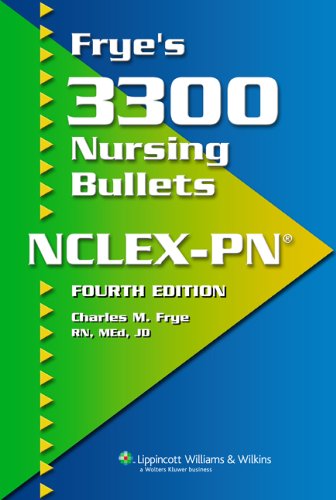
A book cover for Frye's 3300 Nursing Bullets for NCLEX-PNÂ®; Charles M. Frye RN; Medical Books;